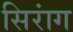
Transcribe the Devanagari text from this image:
सिरांग